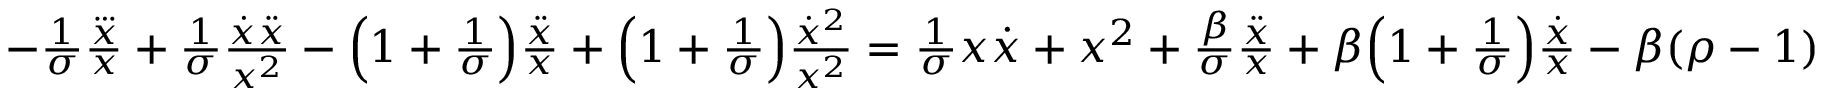
\begin{array} { r } { - \frac { 1 } { \sigma } \frac { \dddot { x } } { x } + \frac { 1 } { \sigma } \frac { \dot { x } \ddot { x } } { x ^ { 2 } } - \Big ( 1 + \frac { 1 } { \sigma } \Big ) \frac { \ddot { x } } { x } + \Big ( 1 + \frac { 1 } { \sigma } \Big ) \frac { \dot { x } ^ { 2 } } { x ^ { 2 } } = \frac { 1 } { \sigma } x \dot { x } + x ^ { 2 } + \frac { \beta } { \sigma } \frac { \ddot { x } } { x } + \beta \Big ( 1 + \frac { 1 } { \sigma } \Big ) \frac { \dot { x } } { x } - \beta ( \rho - 1 ) } \end{array}